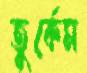
তুর্কেম